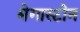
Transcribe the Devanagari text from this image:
मेगास्टोन